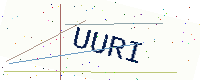
Text: UURI